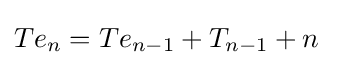
{\begin{aligned}&Te_{n}=Te_{n-1}+T_{n-1}+n\end{aligned}}